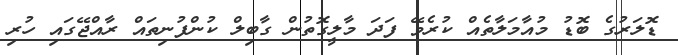
ޑޮލަރުގެ ބޮޑު މުއާމަލާތެއް ކުރެވޭ ފަދަ މާލީގޮތުން ގާބިލް ކުންފުނިތައް ރާއްޖޭގައި ހުރި